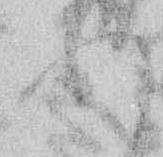
あ